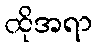
ထိုအရာ